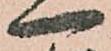
一